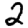
Digit: 2